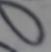
Signature authenticity: forged